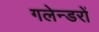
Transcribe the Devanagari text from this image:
गलेन्डरों